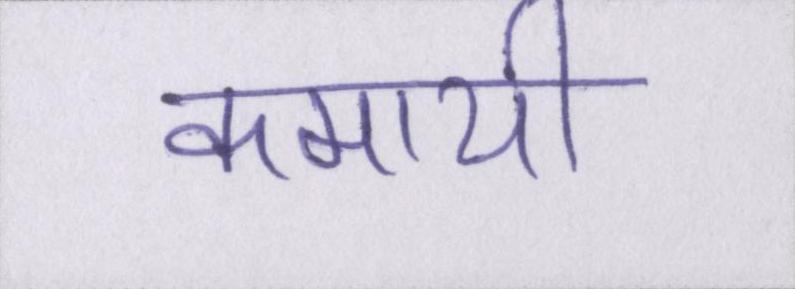
कमायी